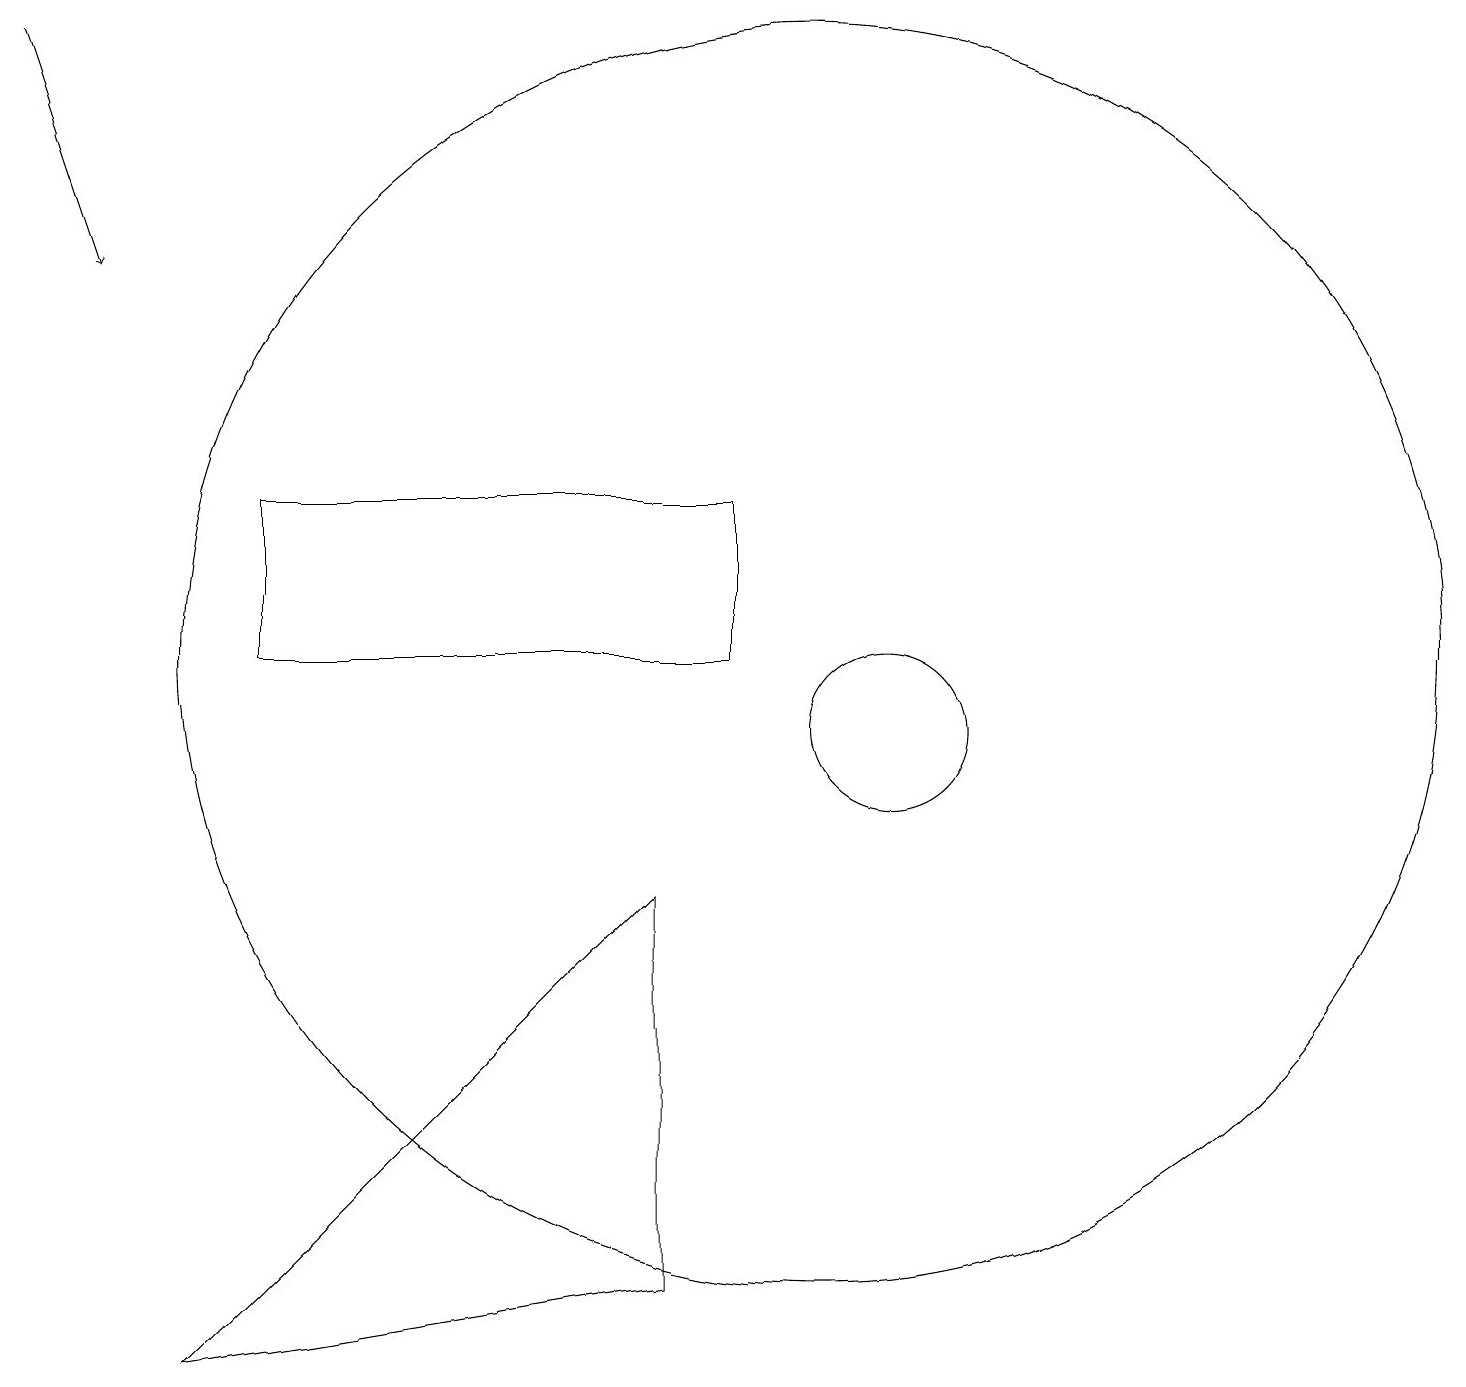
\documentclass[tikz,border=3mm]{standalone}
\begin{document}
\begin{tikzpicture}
\draw[->] (0,19) -- (1,16);
\draw (3,13) rectangle (9,11);
\draw (8,3) -- (2,2) -- (8,8) -- cycle;
\draw (11,10) circle (1);
\draw (10,11) circle (8);
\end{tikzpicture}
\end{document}